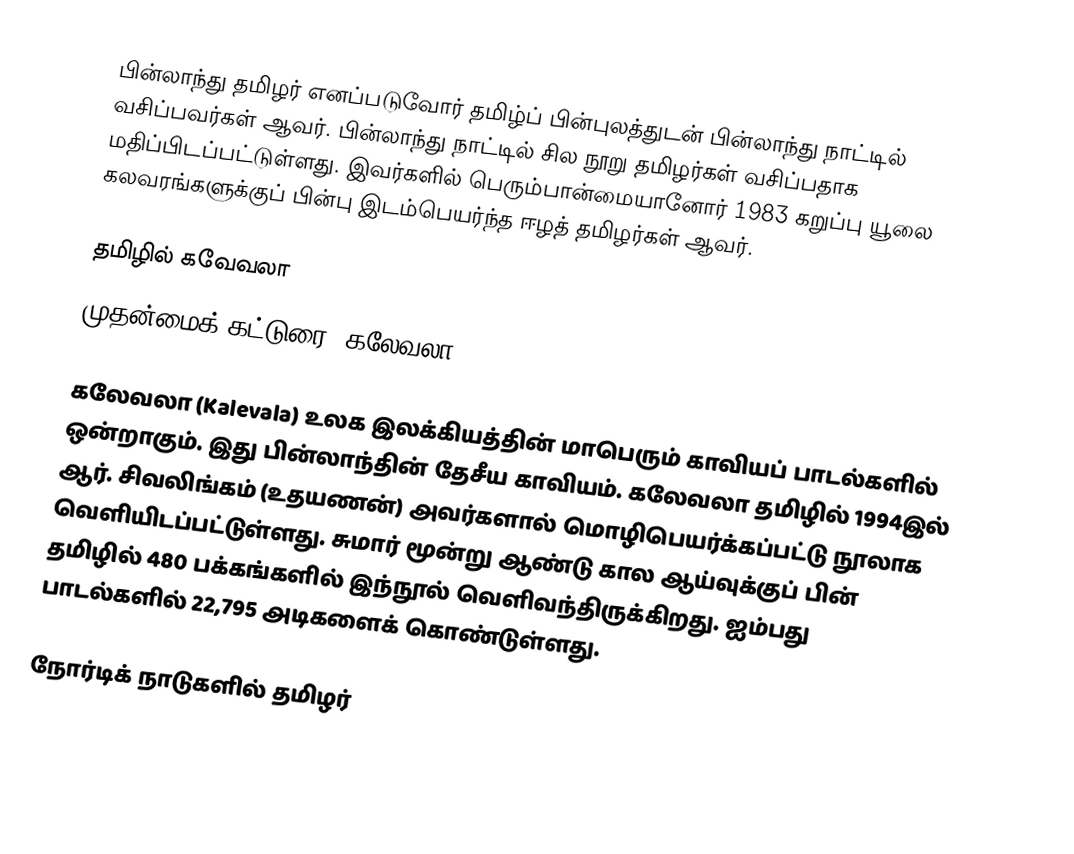
பின்லாந்து தமிழர் எனப்படுவோர் தமிழ்ப் பின்புலத்துடன் பின்லாந்து நாட்டில் வசிப்பவர்கள் ஆவர்.  பின்லாந்து நாட்டில் சில நூறு தமிழர்கள் வசிப்பதாக மதிப்பிடப்பட்டுள்ளது.  இவர்களில் பெரும்பான்மையானோர் 1983 கறுப்பு யூலை கலவரங்களுக்குப் பின்பு இடம்பெயர்ந்த ஈழத் தமிழர்கள் ஆவர்.

தமிழில் கவேவலா
முதன்மைக் கட்டுரை: கலேவலா

கலேவலா (Kalevala) உலக இலக்கியத்தின் மாபெரும் காவியப் பாடல்களில் ஒன்றாகும். இது பின்லாந்தின் தேசீய காவியம். கலேவலா தமிழில் 1994இல் ஆர். சிவலிங்கம் (உதயணன்) அவர்களால் மொழிபெயர்க்கப்பட்டு நூலாக வெளியிடப்பட்டுள்ளது. சுமார் மூன்று ஆண்டு கால ஆய்வுக்குப் பின் தமிழில் 480 பக்கங்களில் இந்நூல் வெளிவந்திருக்கிறது. ஐம்பது பாடல்களில் 22,795 அடிகளைக் கொண்டுள்ளது.

நோர்டிக் நாடுகளில் தமிழர்